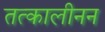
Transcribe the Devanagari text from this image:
तत्कालीनन